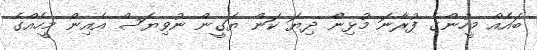
ބައެއް މީހުންގެ ފުރާނަ މުޅިން ދިޔަ ކަން ޔަގީން ނުވިޔަސް އެއިން މީހެއްގެ